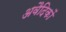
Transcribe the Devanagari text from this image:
अवैदिकों